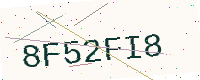
Text: 8F52FI8